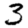
Digit: 3